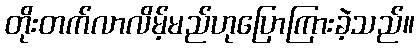
တိုးတက်လာလိမ့်မည်ဟုပြောကြားခဲ့သည်။